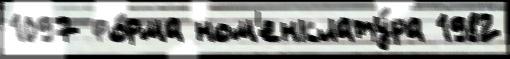
1097 фо́рма ном'енклату́ра 1982